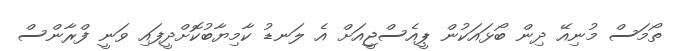
ތޯމަސް މުނިއޭ ދިން ބޯޅައަކުން ޕީއެސްޖީއަށް އެ ލަނޑު ކާމިޔާބުކޮށްދީފައި ވަނީ ފްރާންސް